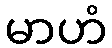
မာဟံ